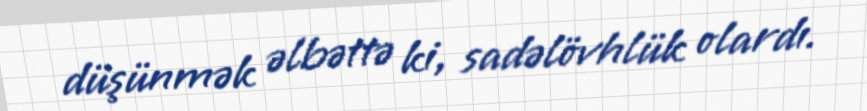
düşünmək əlbəttə ki, sadəlövhlük olardı.